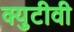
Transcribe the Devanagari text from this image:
क्युटीवी